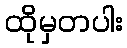
ထိုမှတပါး